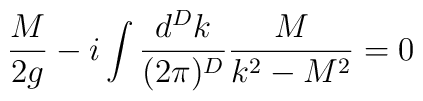
\frac{M}{2g}-i\int \frac{d^Dk}{(2\pi)^D}\frac{M}{k^{2}-M^2}=0